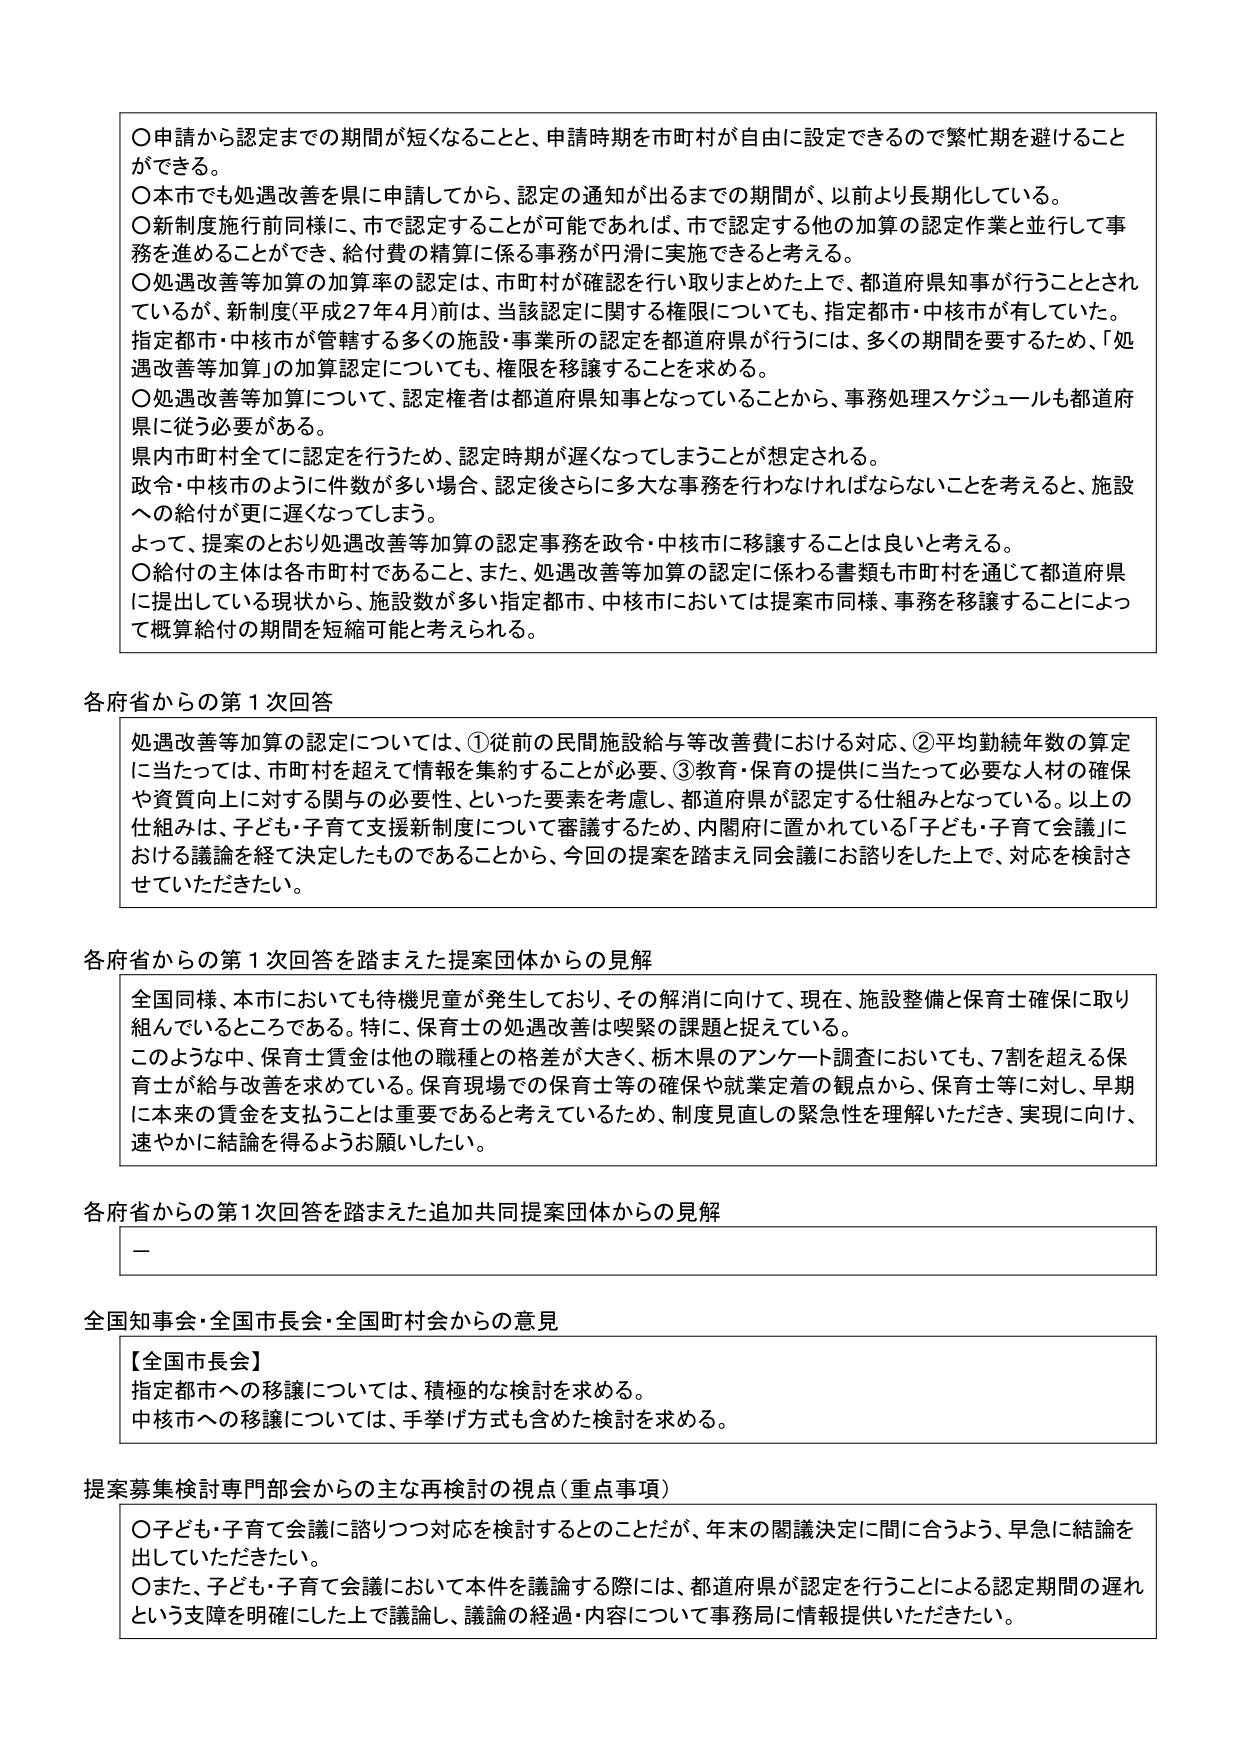
〇申請から認定までの期間が短くなることと、申請時期を市町村が自由に設定できるので繁忙期を避けることができる。
〇本市でも処遇改善を県に申請してから、認定の通知が出るまでの期間が、以前より長期化している。
〇新制度施行前同様に、市で認定することが可能であれば、市で認定する他の加算の認定作業と並行して事務を進めることができ、給付費の精算に係る事務が円滑に実施できると考える。
〇処遇改善等加算の加算率の認定は、市町村が確認を行い取りまとめた上で、都道府県知事が行うこととされているが、新制度（平成27年4月）前は、当該認定に関する権限についても、指定都市・中核市が有していた。指定都市・中核市が管轄する多くの施設・事業所の認定を都道府県が行うには、多くの期間を要するため、「処遇改善等加算」の加算認定についても、権限を移譲することを求める。
〇処遇改善等加算について、認定権者は都道府県知事となっていることから、事務処理スケジュールも都道府県に従う必要がある。
県内市町村全てに認定を行うため、認定時期が遅くなってしまうことが想定される。
政令・中核市のように件数が多い場合、認定後さらに多大な事務を行わなければならないことを考えると、施設への給付が更に遅くなってしまう。
よって、提案のとおり処遇改善等加算の認定事務を政令・中核市に移譲することは良いと考える。
〇給付の主体が各市町村であること、また、処遇改善等加算の認定に係わる書類も市町村を通じて都道府県に提出している現状から、施設数が多い指定都市、中核市においては提案市同様、事務を移譲することによって概算給付の期間を短縮可能と考えられる。

各府省からの第1次回答
処遇改善等加算の認定については、①従前の民間施設給与等改善費における対応、②平均勤続年数の算定に当たっては、市町村を超えて情報を集約することが必要、③教育・保育の提供に当たって必要な人材の確保や資質向上に対する関与の必要性、といった要素を考慮し、都道府県が認定する仕組みとなっている。以上の仕組みは、子ども・子育て支援新制度について審議するため、内閣府に置かれている「子ども・子育て会議」における議論を経て決定したものであることから、今回の提案を踏まえ同会議にお諮りをした上で、対応を検討させていただきたい。

各府省からの第1次回答を踏まえた提案団体からの見解
全国同様、本市においても待機児童が発生しており、その解消に向けて、現在、施設整備と保育士確保に取り組んでいるところである。特に、保育士の処遇改善は喫緊の課題と捉えている。
このような中、保育士賃金は他の職種との格差が大きく、栃木県のアンケート調査においても、7割を超える保育士が給与改善を求めている。保育現場での保育士等の確保や就業定着の観点から、保育士等に対し、早期に本来の賃金を支払うことは重要であると考えているため、制度見直しの緊急性を理解いただき、実現に向け、速やかに結論を得るようお願いしたい。

各府省からの第1次回答を踏まえた追加共同提案団体からの見解
－

全国知事会・全国市長会・全国町村会からの意見
【全国市長会】
指定都市への移譲については、積極的な検討を求める。
中核市への移譲については、手挙げ方式も含めた検討を求める。

提案募集検討専門部会からの主な再検討の視点（重点事項）
〇子ども・子育て会議に諮りつつ対応を検討するとのことだが、年末の閣議決定に間に合うよう、早急に結論を出していただきたい。
〇また、子ども・子育て会議において本件を議論する際には、都道府県が認定を行うことによる認定期間の遅れという支障を明確にした上で議論し、議論の経過・内容について事務局に情報提供いただきたい。